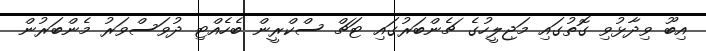
އިބޫ ވިދާޅުވި ގޮތުގައި މަޖިލީހުގެ ޗެންބަރުގައި ޓަޗް ސްކްރީން ބެހެއްޓި ދުވަސްވަރު މެންބަރުން